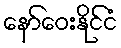
နော်ဝေးနိုင်ငံ